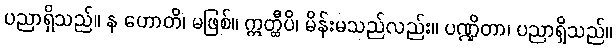
ပညာရှိသည်။ န ဟောတိ၊ မဖြစ်။ ဣတ္ထီပိ၊ မိန်းမသည်လည်း။ ပဏ္ဍိတာ၊ ပညာရှိသည်။